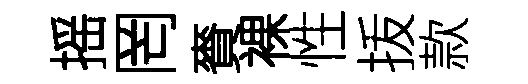
摇罔賚裸性㧞款